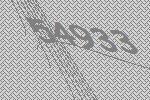
54933